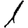
Digit: 1